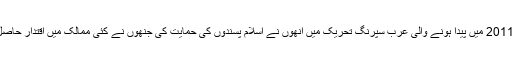
سنہ 2011 میں پیدا ہونے والی عرب سپرنگ تحریک میں انھوں نے اسلام پسندوں کی حمایت کی جنھوں نے کئی ممالک میں اقتدار حاصل کیا۔